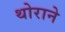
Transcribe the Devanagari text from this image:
थोराने